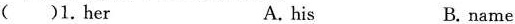
( )1.her A. his B. name